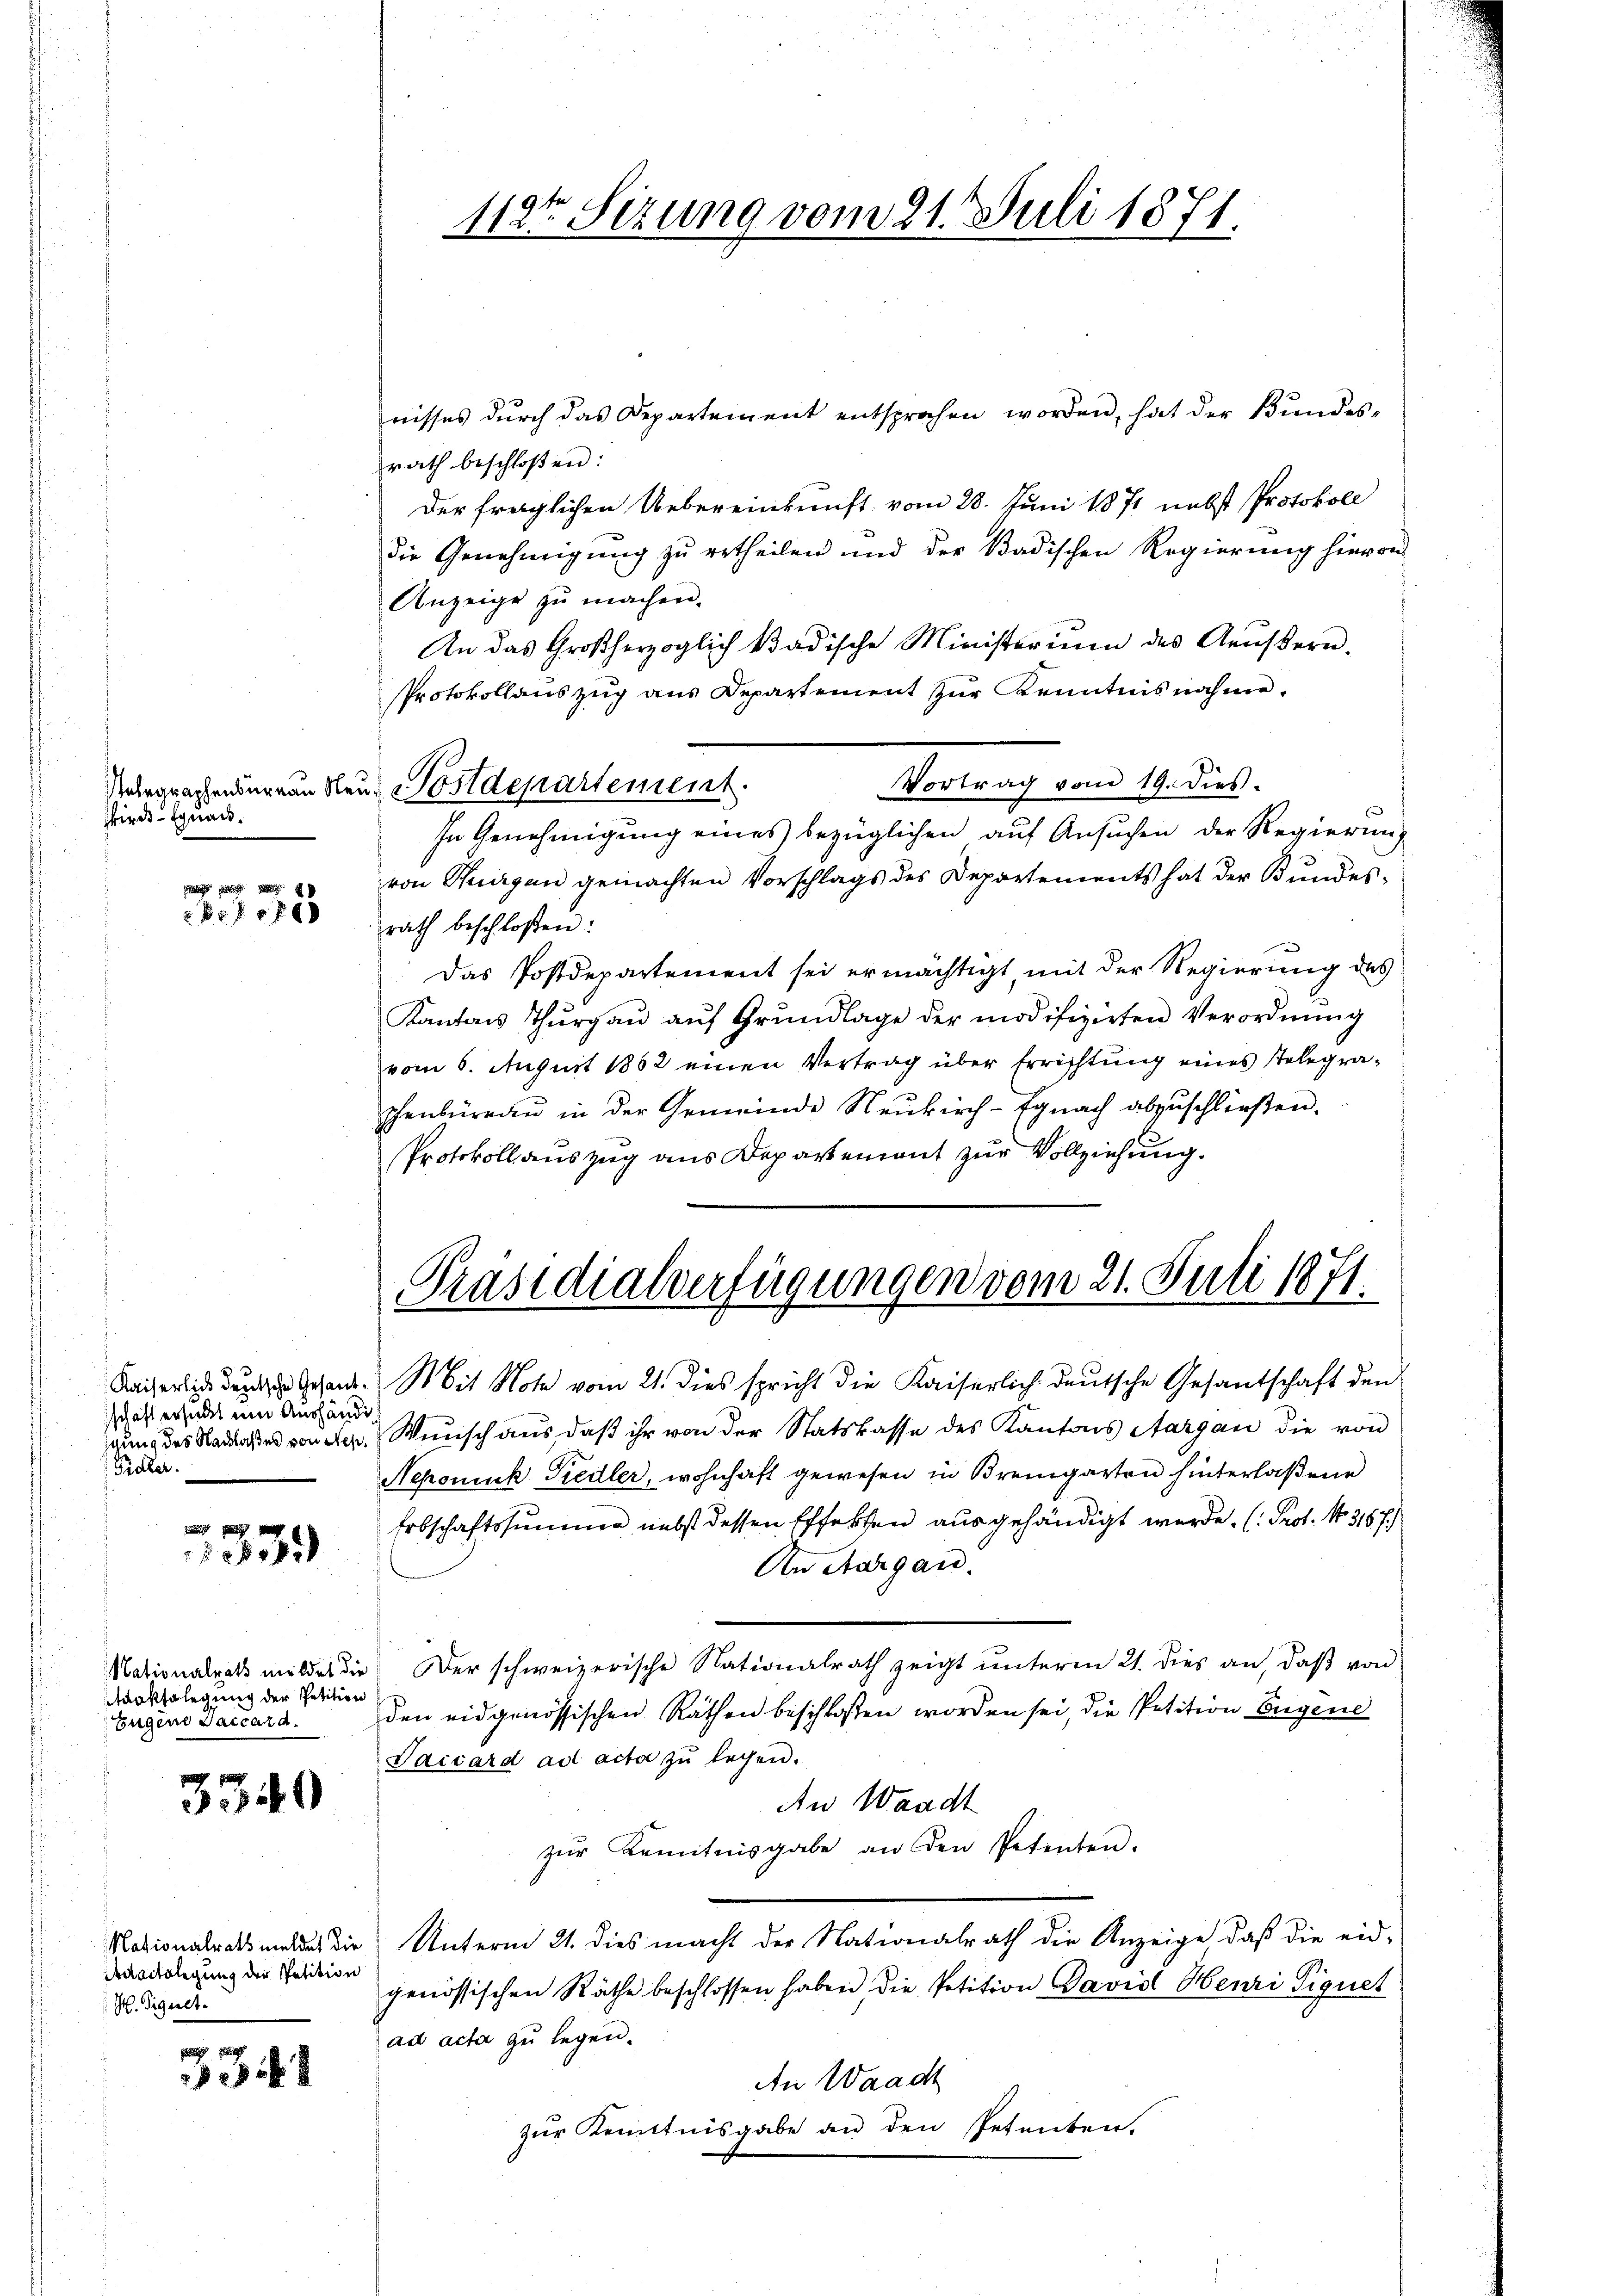
Wird Equac.

8 f 0 x

schaft ersucht um Aushändi
igung des Nachlasses von Sep¬
Pidler.

49

oksolegung der Petition
Eugene Daccar d.

3340

Nationalrats meldet die
Aartolegung der Petition
H. Signet.

e

nisses durch das Departement entsprochen worden, hat der Bundes-
rath beschloßen:
Der fraglichen Uebereinkunft vom 28. Juni 1871 nebst Protokoll
die Genehmigung zu ertheilen und der Badischen Regierung hievon
Anzeige zu machen.
An das Großherzoglich kadische Ministerium des Aeŭβern.
Protokollauszug aus Departement zur Kenntnisnahme,
Vortrag vom 19. dies.
In Genehmigung eines bezüglichen auf Ansuchen der Regierung
von Burgen gemachten Vorschlags des Departements hat der Bundesrath beschloßen:
Das Postdepartement sei ermächtigt, mit der Regierung des
Kantons Thŭrgaŭ aŭf Grŭndlage der modifizirten Verordnŭng
vom 6. August 1862 einen Vertrag über Errichtung eines Telegraschenbüreau in der Gemeinde Neukirch-Egnach abzuschließen.
Protokollauszug aus Departement zur Vollziehung.

Relegraphenbureau Neue Postdepartement.

112ten Sizung vom 21. Juli 1871.

Präsidialverfügungen vom 21. Juli 1871.
Kaiserli der Gesand. Mit Note vom 21. dies spricht die Kaiserlich deutsche Gesantschaft den

Wunsch aus, daß ihr von der Statskasse des Kantons Aargau die von
Nepomuk Siedler, wohnhaft gewesen in Bremgarten hinterlaßene
Erbschaftssumme nebst dessen Effekten ausgehändigt werde. (: Prot. No. 3167.)
An Aargau.
Nationalrats meldes die er schweizerische Nationalrath zeigt unterm 21. dies an, daß von
den eidgenössischen Räthen beschlossen worden sei, die Petition Eugene
Vaicard ad acta zu legen.
An Waadt
zŭr Kenntnisgabe an den Petenten.
Unterm 21. dies macht der Nationalrath die Anzeige, daß die eid-
genössischen Räthe beschlossen haben die Petition Davisl Henri Pignet
ad acta zu legen.
An Waadt
zur Kenntnisgabe an den Petenten.